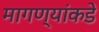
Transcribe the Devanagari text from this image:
मागण्यांकडे